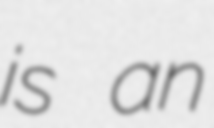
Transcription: is an